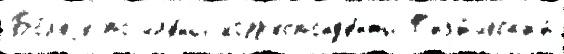
Бо́л'еjе по чл'е́ны-корр'еспонд'е́нты Ф'из'и́ческ'ий